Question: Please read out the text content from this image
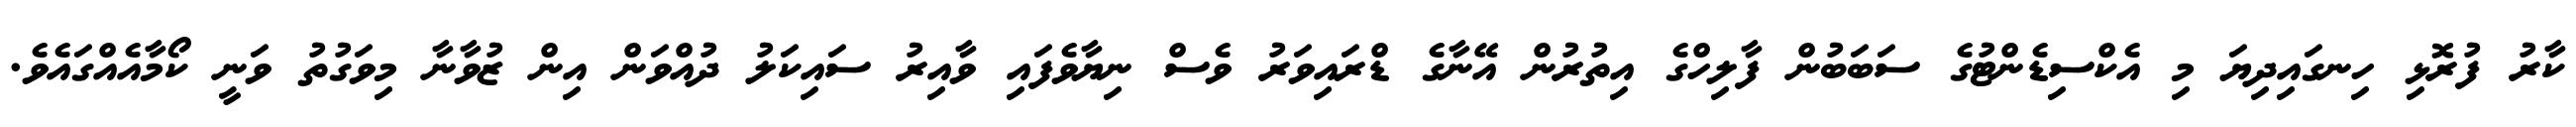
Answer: ކާރު ފުރޮޅި ހިނގައިދިޔަ މި އެކްސިޑެންޓުގެ ސަބަބުން ފާލިހްގެ އިތުރުން އޭނާގެ ޑްރައިވަރު ވެސް ނިޔާވެފައި ވާއިރު ސައިކަލު ދުއްވަން އިން ޒުވާނާ މިވަގުތު ވަނީ ކޯމާއެއްގައެވެ.